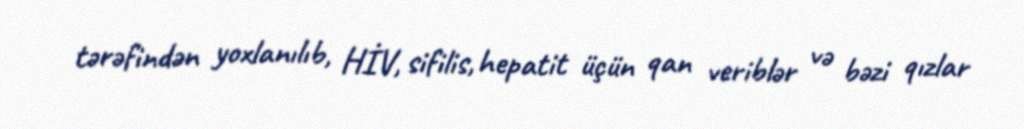
tərəfindən yoxlanılıb, HİV, sifilis, hepatit üçün qan veriblər və bəzi qızlar